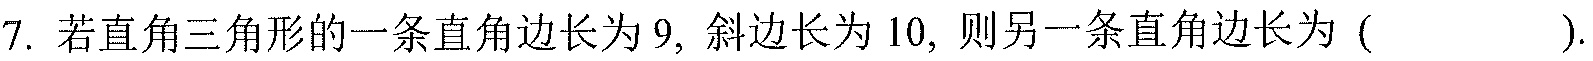
7. 若直角三角形的一条直角边长为$9$, 斜边长为$10$, 则另一条直角边长为 ( ).